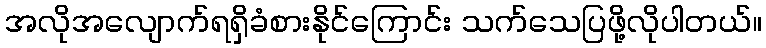
အလိုအလျောက်ရရှိခံစားနိုင်ကြောင်း သက်သေပြဖို့လိုပါတယ်။